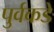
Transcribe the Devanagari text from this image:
पुर्वकडे